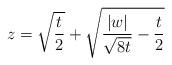
LaTeX: \begin{align*}z=\sqrt{\frac{t}{2}}+\sqrt{\frac{|w|}{\sqrt{8t}}-\frac{t}{2}}\end{align*}